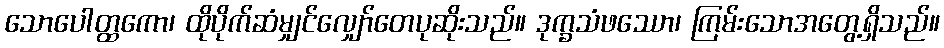
သောပေါတ္ထကော၊ ထိုပိုက်ဆံမျှင်လျှော်တေပုဆိုးသည်။ ဒုက္ခသံဖဿော၊ ကြမ်းသောအတွေ့ရှိသည်။